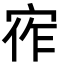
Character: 宱